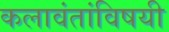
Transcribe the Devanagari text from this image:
कलावंतांविषयी